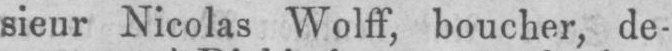
sieur Nicolas Wolff, boucher, de-